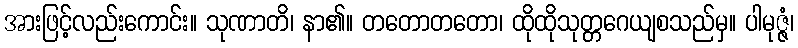
အားဖြင့်လည်းကောင်း။ သုဏာတိ၊ နာ၏။ တတောတတော၊ ထိုထိုသုတ္တဂေယျစသည်မှ။ ပါမုဇ္ဇံ၊